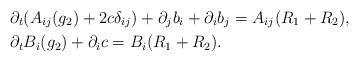
LaTeX: \begin{align*}&\partial_t (A_{ij}(g_2)+2c\delta_{ij}) + \partial_j b_i + \partial_i b_j = A_{ij} (R_1+R_2),\\&\partial_t B_i(g_2) + \partial_i c = B_i(R_1+R_2).\end{align*}